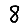
Digit: 8